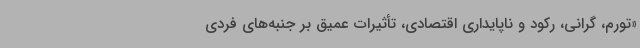
«تورم، گرانی، رکود و ناپایداری اقتصادی، تأثیرات عمیق بر جنبه‌های فردی